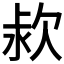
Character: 𣢻